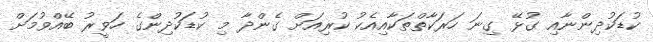
ކުޑަކުދިންނާއި ގުޅޭ ގިނަ ހަރަކާތްތަކާއިއެކު ކުރިއަށް ގެންދާ މި ކުޑަކުދިންގެ ހަވީރު ބޭއްވުމަށް